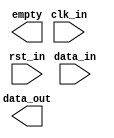
module AsyncFIFOSynchronizer (
    input wire clk_in,           // Input clock signal
    input wire rst_in,           // Input reset signal
    input wire data_in,          // Input data signal
    output wire data_out,        // Output synchronized data signal
    output wire empty            // Output empty signal
);

// Control unit

reg [1:0] state;
parameter IDLE = 2'b00;
parameter READ = 2'b01;
parameter WRITE = 2'b10;

always @(posedge clk_in or posedge rst_in)
begin
    if (rst_in) begin
        state <= IDLE;
    end else begin
        case (state)
            IDLE: begin
                if (data_ready) begin
                    state <= READ;
                end else if (data_empty) begin
                    state <= WRITE;
                end
            end
            READ: begin
                // Read data from FIFO buffer and synchronize
                state <= IDLE;
            end
            WRITE: begin
                // Write data to FIFO buffer
                state <= IDLE;
            end
        endcase
    end
end

// Synchronization unit

reg [1:0] sync_state;
parameter SYNC_IDLE = 2'b00;
parameter SYNC_SYNC = 2'b01;

always @(posedge clk_in or posedge rst_in)
begin
    if (rst_in) begin
        sync_state <= SYNC_IDLE;
    end else begin
        case (sync_state)
            SYNC_IDLE: begin
                if (data_valid) begin
                    // Synchronize data
                    sync_state <= SYNC_SYNC;
                end
            end
            SYNC_SYNC: begin
                // Synchronize data
                sync_state <= SYNC_IDLE;
            end
        endcase
    end
end

endmodule